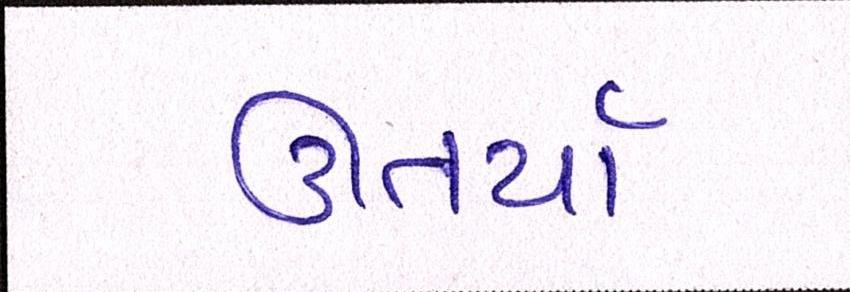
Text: ઊતર્યાં